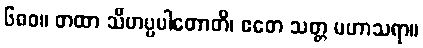
၆၈၀။ တထာ သီဟပ္ပပါတောတိ၊ ဧတေ သတ္တ မဟာသရာ။